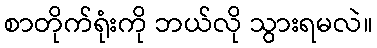
စာတိုက်ရုံးကို ဘယ်လို သွားရမလဲ။